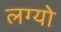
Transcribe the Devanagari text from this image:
लग्यो